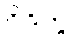
ဝိဒိတွ